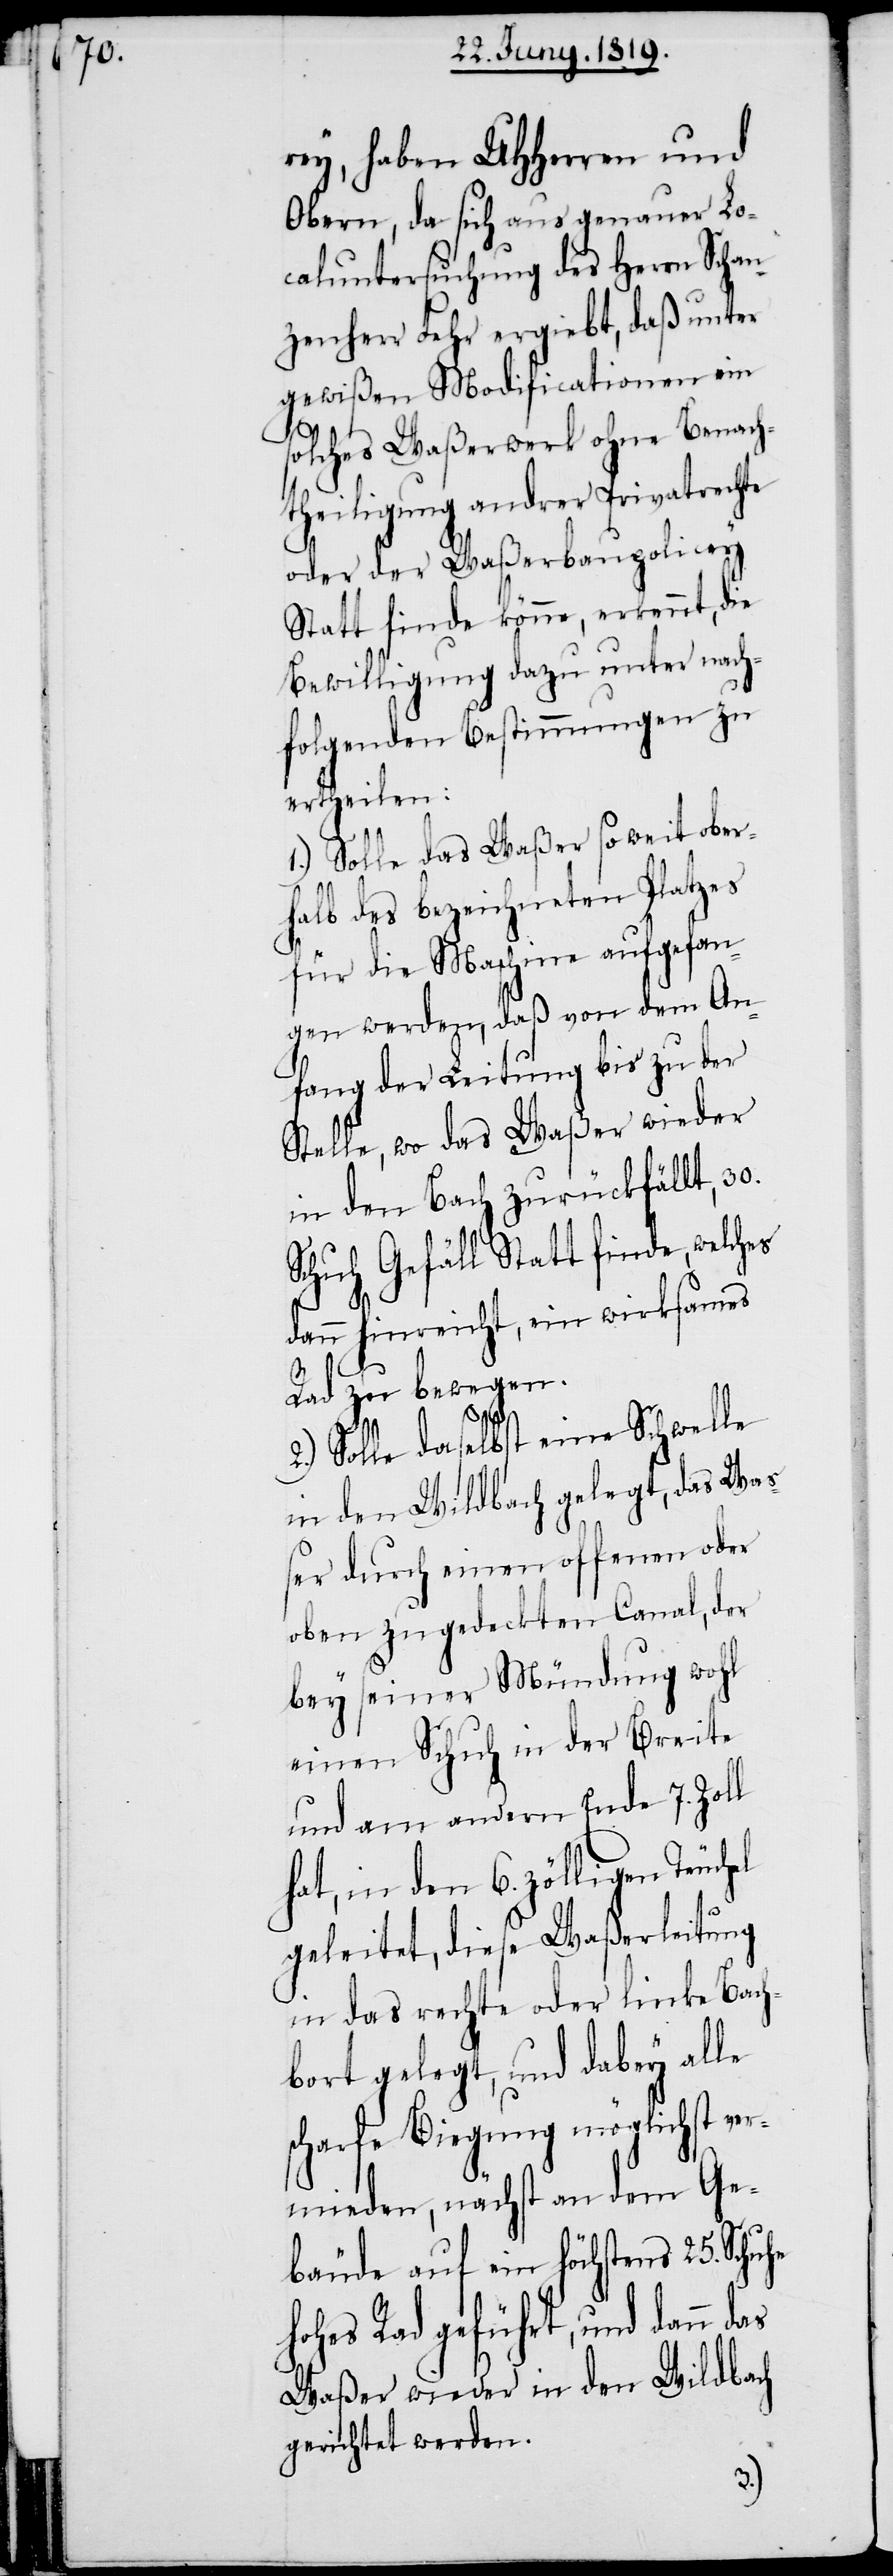
rey, haben UHHerren und
Obern, da sich aus genauer Lo¬
caluntersuchung des Herrn Schan¬
zenherr Fehr ergiebt, daß unter
gewißen Modificatonen ein
solches Waßerwerk ohne Benach¬
theiligung andrer Privatrechte
oder der Waßerbaupolicey
Statt finde könne, erkennt, die
Bewilligung dazu unter nach¬
folgenden Bestimmungen zu
ertheilen:
1.) Solle das Waßer soweit ober¬
halb des bezeichneten Platzes
für die Maschine aufgefan¬
gen werden, daß von dem An¬
fang der Leitung bis zu der
Stelle, wo das Waßer wieder
in den Bach zurückfällt, 30.
Schuh Gefäll Statt finde, welches
el
dann hinreicht, ein wirksames
uhe
Rad zu bewegen.
2.) Solle daselbst eine Schwelle
in den Wildbach gelegt, das Was¬
ser durch einen offenen oder
oben zugedeckten Canal, der
bey seiner Mündung wohl
einen Schuh in der Breite
und am andern Ende 7. Zoll
hat, in den 6. zölligen Teuch¬
geleitet, diese Waßerleitung
in das rechte oder linke Bach¬
bort gelegt, und dabey alle
scharfe Biegung möglichst ve¬
rmieden, nächst an dem Ge¬
bäude auf ein höchstens 25. Sch¬
hohes Rad geführt, und dann
Waßer wieder in den Wildbach
gerichtet werden.